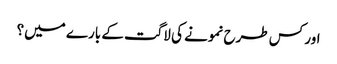
اور کس طرح نمونے کی لاگت کے بارے میں؟